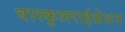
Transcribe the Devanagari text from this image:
वास्कुलराईज़ेशन